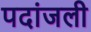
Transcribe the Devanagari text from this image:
पदांजली